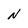
Character: N